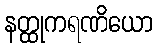
နတ္ထုကရဏိယော